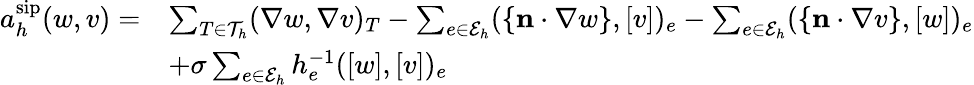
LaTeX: \begin{array}{rl}{a_{h}^{\mathrm{sip}}(w,v)=}&{\sum_{T\in\mathcal{T}_{h}}(\nabla w,\nabla v)_{T}-\sum_{e\in\mathcal{E}_{h}}(\{ \mathbf{n}\cdot\nabla w\} ,[v])_{e}-\sum_{e\in\mathcal{E}_{h}}(\{ \mathbf{n}\cdot\nabla v\} ,[w])_{e}}\\ &{+\sigma\sum_{e\in\mathcal{E}_{h}}h_{e}^{-1}([w],[v])_{e}}\end{array}